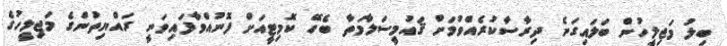
ބިލު މަޖިލީހުން ބަލައިގަނެ ދިރާސާކުރެއްވުމަށް ޤައުމީސަލާމަތާ ބެހޭ ކޮމިޓީއަށް ފޮނުއްވާފައިވަނީ ރައްޔިތުންގެ މަޖިލީހުގެ